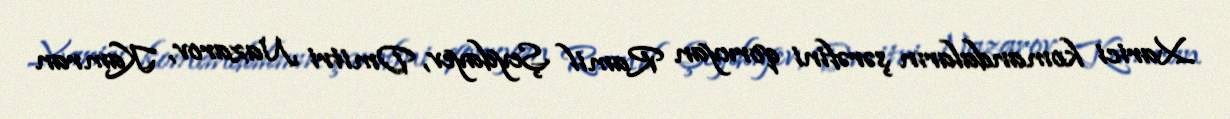
Xarici komandaların şərəfini qoruyan Ramil Şeydayev, Dmitri Nazarov, Kamran